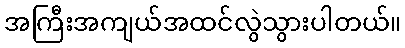
အကြီးအကျယ်အထင်လွဲသွားပါတယ်။